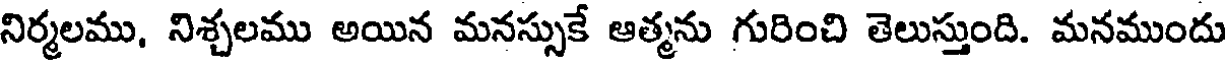
నిర్మలము, నిశ్చలము అయిన మనస్సుకే ఆత్మను గురించి తెలుస్తుంది. మనముందు